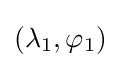
(\lambda _{1},\varphi _{1})